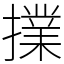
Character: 擈